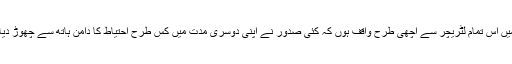
میں اس تمام لٹریچر سے اچھی طرح واقف ہوں کہ کئی صدور نے اپنی دوسری مدت میں کس طرح احتیاط کا دامن ہاتھ سے چھوڑ دیا۔